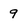
Character: 9